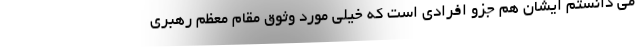
می دانستم ایشان هم جزو افرادی است که خیلی مورد وثوق مقام معظم رهبری